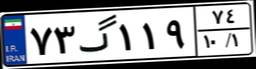
۷۳گ۱۱۹۷۴